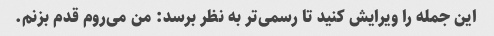
این جمله را ویرایش کنید تا رسمی‌تر به نظر برسد: من می‌روم قدم بزنم.